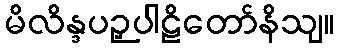
မိလိန္ဒပဉှပါဠိတော်နိသျ။